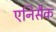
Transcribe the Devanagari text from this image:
एनिसैक